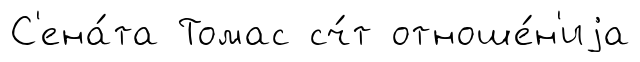
С'ена́та Томас сч́т отноше́н'иjа